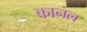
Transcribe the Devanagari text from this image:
कानल